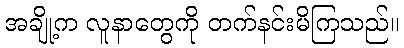
အချို့က လူနာတွေကို တက်နင်းမိကြသည်။